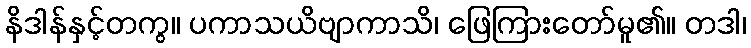
နိဒါန်နှင့်တကွ။ ပကာသယိဗျာကာသိ၊ ဖြေကြားတော်မူ၏။ တဒါ၊